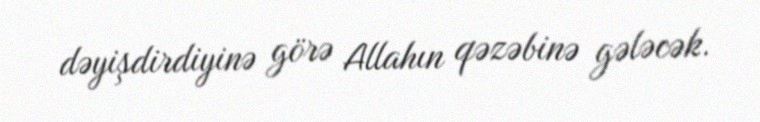
dəyişdirdiyinə görə Allahın qəzəbinə gələcək.